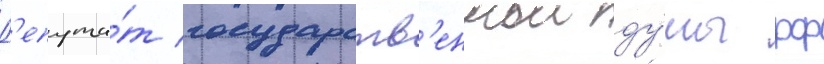
Д'епута́т государств'еннои ду́мы рф